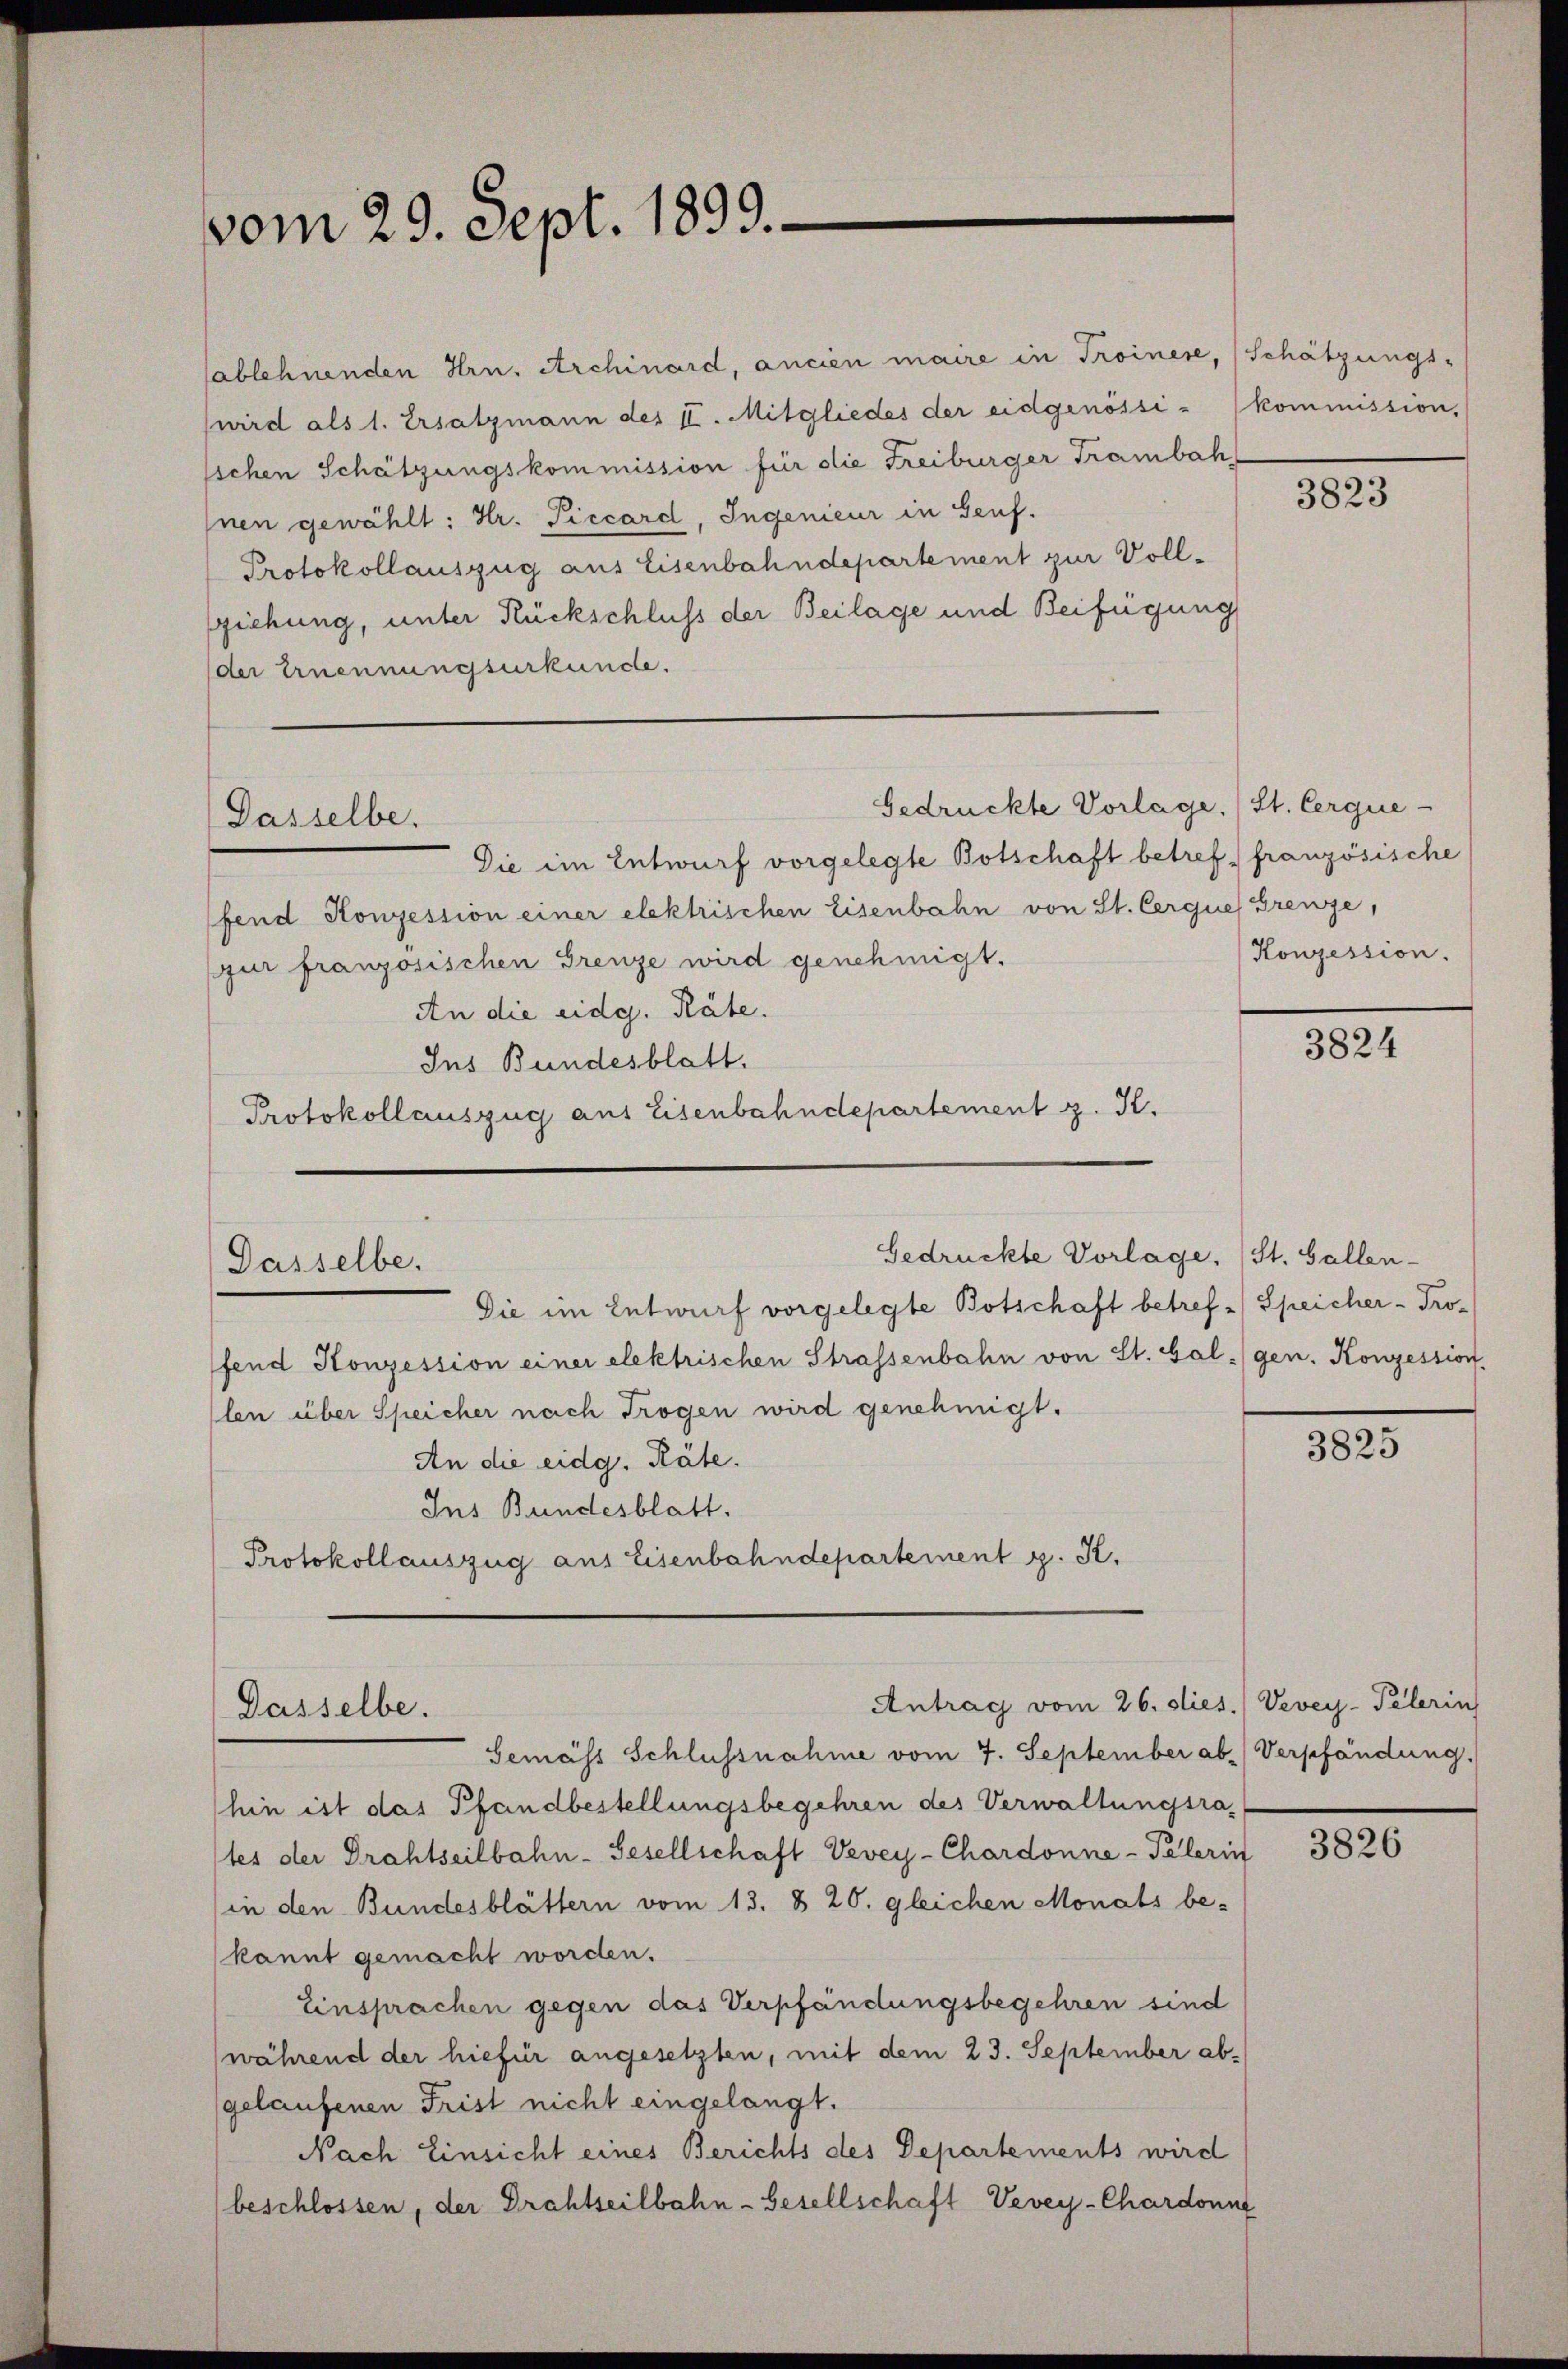
vom 29. Sept. 1899.

Dasselbe.

Gedrückte Vorlage.) St. Cerque-

Dasselbe.

Dasselbe.

ablehnenden Hrn. Archinard, ancien maire in Troinere, (Schätzungs-
wird als 1. Ersatzmann des II. Mitgliedes der eidgenössi- (kommission,
ichen Schätzungskommission für die Freiburger Trambah¬
Inen gewählt: Hr. Piccard, Ingenieur in Genf.
Protokollauszug aus Eisenbahndepartement zur Vollsziehung, unter Rückschluss der Beilage und Beifügung
der Ernennungsurkunde.

Die im Entwurf vorgelegte Botschaft betreff französische
fend Konzession einer elektrischen Eisenbahn von St. Cerques Grenze,
gur französischen Grenze wird genehmigt.
An die eidg. Räte.
Ins Bundesblatt.
Protokollauszug aus Eisenbahndepartement z. K.

Gedrückte Vorlage, St. Gallen-
Die im Entwurf vorgelegte Botschaft betref-Speicher - Profend Konzession einer elektrischen Strassenbahn von St. Gal:/ gen. Konzession,
len über Speicher nach Trogen wird genehmigt.
An die eidg. Räte.
Ins Bundesblatt.
Protokollauszug aus Eisenbahndepartement g. St.

Antrag vom 26. dies.) Vevey-Pelerin

Gemäss Schlussnahme vom 7. September ab. Verpfändung.
hin ist das Pfandbestellungsbegehren des Verwaltungsrates der Drahtseilbahn-Gesellschaft Vevey-Chardonne-Pelerin
in den Bundesblättern vom 13. § 20. gleichen Monats be-
kannt gemacht worden.
Einsprachen gegen das Verpfändungsbegehren sind
(während der hiefür angesetzten, mit dem 23. September abgelaufenen Frist nicht eingelangt.
Nach Einsicht eines Berichts des Departements wird
beschlossen, der Drahtseilbahn-Gesellschaft Vevey-Chardonn

3823

Konzession.

3824

3825

3826